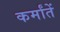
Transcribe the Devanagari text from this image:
कर्मांतें